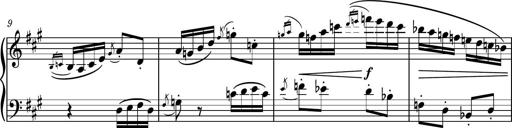
Title: Piano Sonatina No.6
Composer: Dimitri Sykias
Key: A major